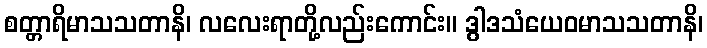
စတ္တာရိမာသသတာနိ၊ လလေးရာတို့လည်းကောင်း။ ဒွါဒသံယေဝမာသသတာနိ၊